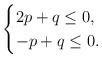
LaTeX: \begin{align*}\begin{cases}2p+q\le 0,\\-p+q \le 0.\end{cases}\end{align*}